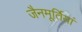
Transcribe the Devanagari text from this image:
जैनमूर्तियां